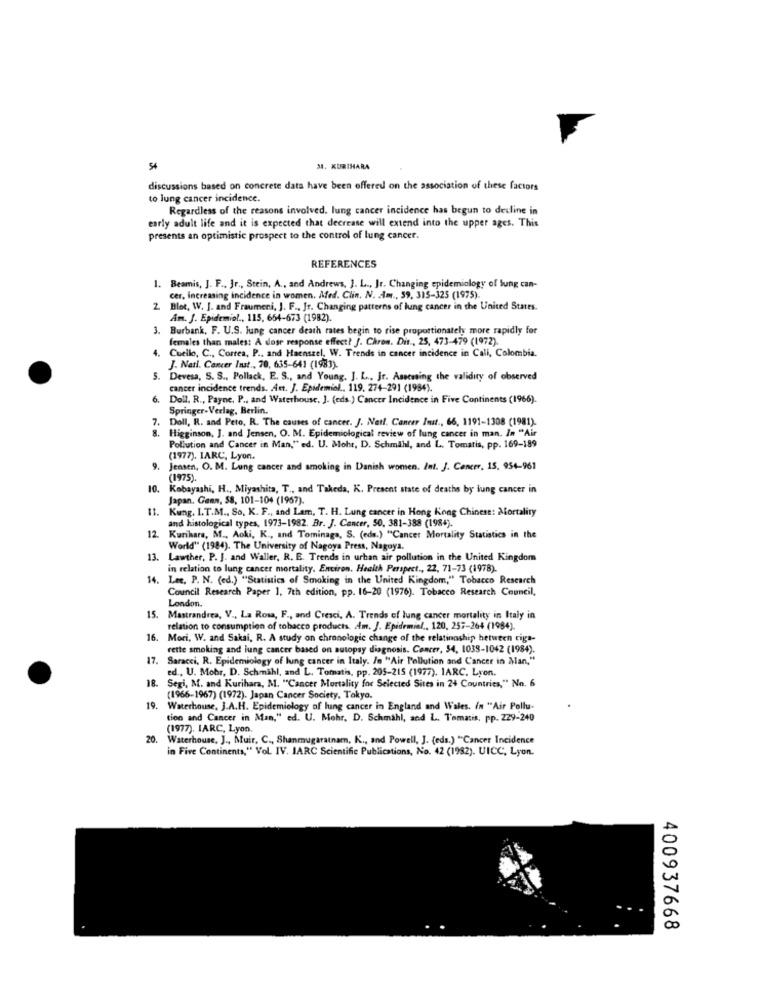
34. KURIHARA
discussions based on concrete data have been offered on the association of these factors
to lung cancer incidence.
Regardless of the reasons involved. lung cancer incidence has begun to decline in
early adult life and it is expected that decrease will extend into the upper ages. This
presents an optimistic prospect to the control of lung cancer.
REFERENCES
1. Beamis, J. F ., Jr ., Stein, A ., and Andrews, J. L ., Jr. Changing epidemiology of bung can-
cer, increasing incidence in women. Med. Clin. N. m ., 59, 315-325 (1975).
Blot, W. J. and Fraumeni, J. F ., Jt. Changing patterns of lung cancer in the United States.
Am. J. Epidemiol ., 115, 654-673 (1982).
3. Burbank, F. U.S. lung cancer death rates begin to rise proportionately more rapidly for
females than males: A dose response effect? J. Chron. Dit ., 25, 473-479 (1972).
4. Cuello, C ., Correa, P ., and Haenszel, W. Trends in cancer incidence in Cali, Colombia.
J. Natl. Cancer Inst ., 70, 635-641 (1983).
5. Devesa, S. S ., Pollack, E. S ., and Young, J. L ., Jr. Aseeming the validity of observed
cancer incidence trends. Ant. J. Epidemial ., 119, 274-291 (1984).
6. Doll. R ., Payne, P ., and Waterhouse, J. (eds.) Cancer Incidence in Five Continents (1966).
Springer-Verlag, Berlin.
7.
Doll, R. and Peto, R. The causes of cancer. J. Netl. Cancer Inst ., 66, 1191-1308 (1981).
Higginson, J. and Jensen, O. M. Epidemiological review of lung cancer in man. In "Air
Pollution and Cancer in Man," ed. U. Mohr, D. Schmähl, and L. Tomatis, pp. 169-189
(1977). IARC, Lyon.
Jensen, O. M. Lung cancer and smoking in Danish women. Int. J. Cancer, 15, 954-961
(1975).
10. Kobayashi, H ., Miyashita, T ., and Takeda, K. Present state of deaths by lung cancer in
Japan. Genn, SS, 101-104 (1957).
Kung. I.T.M ., So. K. F ., and Lam, T. H. Lung cancer in Hong Kong Chinese: Mortality
and histological types, 1973-1982. Br. J. Cancer, 50, 381-388 (1984).
12. Kurihara, M ., Aoki, K ., and Tominaga, S. (eds.) "Cancer Mortality Statistics in the
World" (1984). The University of Nagoya Press, Nagoya.
13. Lawther, P. J. and Waller, R. E. Trends in urban air pollution in the United Kingdom
in relation to lung cancer mortality. Environ. Health Perspect ., 22, 71-73 (1978).
14. Lee, P. N. (ed.) "Statistics of Smoking in the United Kingdom," Tobacco Research
Council Research Paper 1, 7th edition, pp. 16-20 (1976). Tobacco Research Council,
London.
15. Mastrandrea, V ., La Rosa, F ., and Cresci, A. Trends of lung cancer mortality in Italy in
relation to consumption of tobacco products. Am, J. Epidemial ., 120, 257-264 (1984).
16.
Mori, W. and Sakai, R. A study on chronologie change of the relationship between cigs-
rette smoking and lung cancer based on sutopsy diagnosis. Concer, 54, 1038-1042 (1984).
17.
Saracci, R. Epidemiology of lung cancer in Italy. In "Air Pollution and Cancer in Man,"
ed ., U. Mohr, D. Schmähl, and L. Tomatis, pp. 205-215 (1977). IARC. Lyon.
18. Segi, M. and Kurihara, M. "Cancer Mortality for Selected Sites in 24 Countries," No. 6
(1966-1967) (1972). Japan Cancer Society, Tokyo.
19.
Waterhouse, J.A.H. Epidemiology of lung cancer in England and Wales. in "Air Pollu-
tion and Cancer in Man," ed. U. Mehr, D. Schmahl, and L. Tematis, pp. 229-240
(1977). IARC, Lyon.
20.
Waterhouse, J ., Muir, C ., Shanmugaratnam, K ., and Powell, J. (eds.) "Cancer Incidence
in Five Continents," Vol. IV. IARC Scientific Publications, No. 42 (1982). UICC, Lyon.
400937668